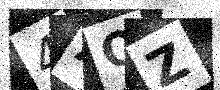
Text: 4AQZ